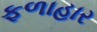
ફળાહાર